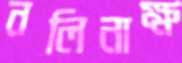
নলিনাক্ষ